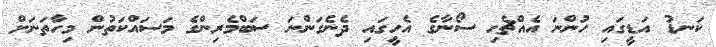
ކަނޑު އަޑީގައި ހުންނަ އެއްޗެހި ސޯނާގެ އެހީގައި ދެނެގަންނަ ސަބްމެރިންގެ މަސައްކަތުން މިހާތަނަށް